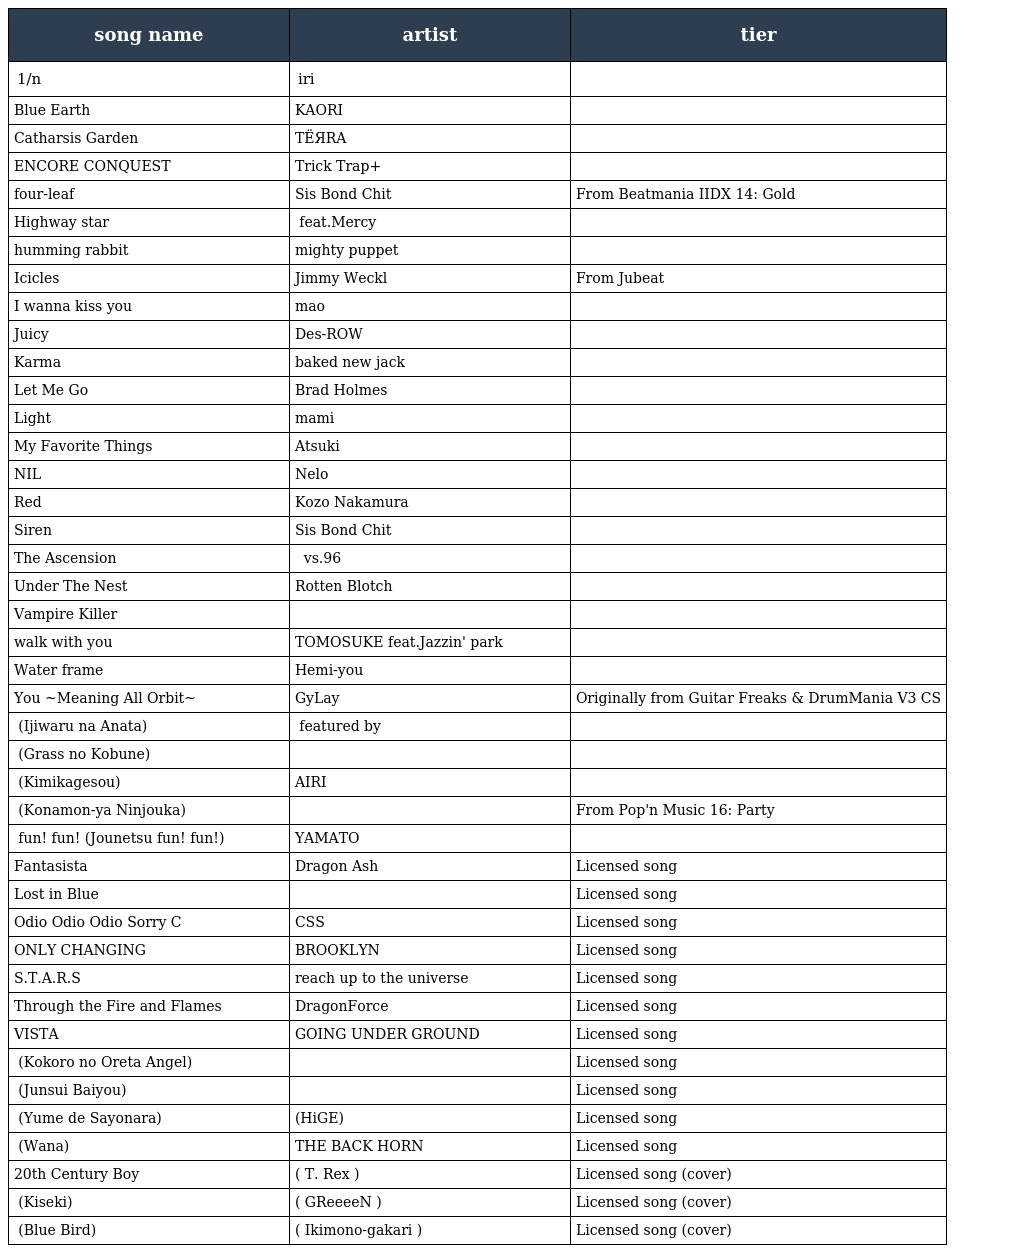
| song name | artist | tier |
 | --- | --- | --- |
 | 1/n | iri |  |
 | Blue Earth | KAORI |  |
 | Catharsis Garden | TЁЯRA |  |
 | ENCORE CONQUEST | Trick Trap+ |  |
 | four-leaf | Sis Bond Chit | From Beatmania IIDX 14: Gold |
 | Highway star | 小野秀幸 feat.Mercy |  |
 | humming rabbit | mighty puppet |  |
 | Icicles | Jimmy Weckl | From Jubeat |
 | I wanna kiss you | mao |  |
 | Juicy | Des-ROW・組スペシアル |  |
 | Karma | baked new jack |  |
 | Let Me Go | Brad Holmes |  |
 | Light | mami |  |
 | My Favorite Things | Atsuki |  |
 | NIL | Nelo |  |
 | Red | Kozo Nakamura |  |
 | Siren | Sis Bond Chit |  |
 | The Ascension | 二井原 実 vs.96 |  |
 | Under The Nest | Rotten Blotch |  |
 | Vampire Killer | 浅田 靖 |  |
 | walk with you | TOMOSUKE feat.Jazzin' park |  |
 | Water frame | Hemi-you |  |
 | You ~Meaning All Orbit~ | GyLay | Originally from Guitar Freaks & DrumMania V3 CS |
 | イジワルなあなた (Ijiwaru na Anata) | 達見恵 featured by 佐野宏晃 |  |
 | ガラスの小舟 (Grass no Kobune) | 肥塚良彦 |  |
 | 君影草 (Kimikagesou) | AIRI |  |
 | こなもん屋人情歌 (Konamon-ya Ninjouka) | 天下茶屋子 | From Pop'n Music 16: Party |
 | 情熱 fun! fun! (Jounetsu fun! fun!) | YAMATO組 |  |
 | Fantasista | Dragon Ash | Licensed song |
 | Lost in Blue | ナイトメア | Licensed song |
 | Odio Odio Odio Sorry C | CSS | Licensed song |
 | ONLY CHANGING | BROOKLYN | Licensed song |
 | S.T.A.R.S | reach up to the universe | Licensed song |
 | Through the Fire and Flames | DragonForce | Licensed song |
 | VISTA | GOING UNDER GROUND | Licensed song |
 | 心の折れたエンジェル (Kokoro no Oreta Angel) | 筋肉少女帯 | Licensed song |
 | 純粋培養 (Junsui Baiyou) | メガマソ | Licensed song |
 | 夢でさよなら (Yume de Sayonara) | 髭(HiGE) | Licensed song |
 | 罠 (Wana) | THE BACK HORN | Licensed song |
 | 20th Century Boy | ( T. Rex ) | Licensed song (cover) |
 | キセキ (Kiseki) | ( GReeeeN ) | Licensed song (cover) |
 | ブルーバード (Blue Bird) | ( Ikimono-gakari ) | Licensed song (cover) |